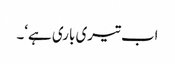
اب تیری باری ہے‘۔